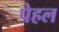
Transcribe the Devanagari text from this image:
पेहल